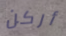
أركن